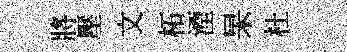
將壓文柘湮杲杜